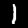
Label: 1